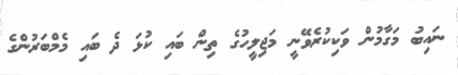
ނައިބު މަގާމުން ވަކިކުރެވޭނީ މަޖިލީހުގެ ތިން ބައި ކުޅަ ދެ ބައި މެމްބަރުންގެ